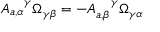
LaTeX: A _ { a , \alpha } ^ { ~ ~ ~ \gamma } \Omega _ { \gamma \beta } = - A _ { a , \beta } ^ { ~ ~ ~ \gamma } \Omega _ { \gamma \alpha }